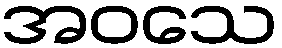
အဝသေ